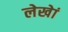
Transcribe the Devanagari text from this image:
लेखेां